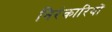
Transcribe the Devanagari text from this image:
निरंकारियों